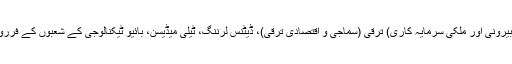
گورننس، انفارمیشن ٹیکنالوجی، سرمایہ کاری (بیرونی اور ملکی سرمایہ کاری) ترقی (سماجی و اقتصادی ترقی)، ڈیٹنس لرننگ، ٹیلی میڈیسن، بائیو ٹیکنالوجی کے شعبوں کے فرروغ میں بھی ان کی پالیسیوں کا اہم حصہ رہا ہے۔